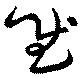
慰